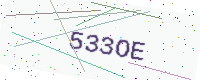
Text: 533OE